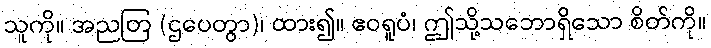
သူကို။ အညတြ (ဌပေတွာ)၊ ထား၍။ ဧဝရူပံ၊ ဤသို့သဘောရှိသော စိတ်ကို။